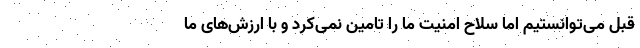
قبل می‌توانستیم اما سلاح امنیت ما را تامین نمی‌کرد و با ارزش‌های ما